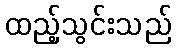
ထည့်သွင်းသည်